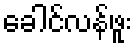
ခေါင်လန်ဖူး